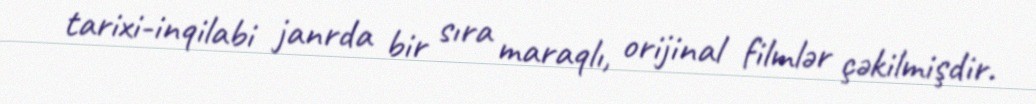
tarixi-inqilabi janrda bir sıra maraqlı, orijinal filmlər çəkilmişdir.